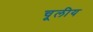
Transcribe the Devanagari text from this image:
चूलीय